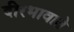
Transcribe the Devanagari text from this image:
दीरभावाते